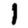
Digit: 1